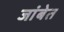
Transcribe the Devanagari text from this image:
जांबेत